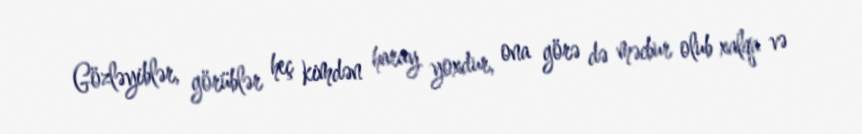
Gözləyiblər, görüblər heç kimdən haray yoxdur, ona görə də məcbur olub xalqa və